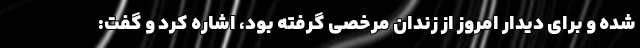
شده و برای دیدار امروز از زندان مرخصی گرفته بود، اشاره کرد و گفت: